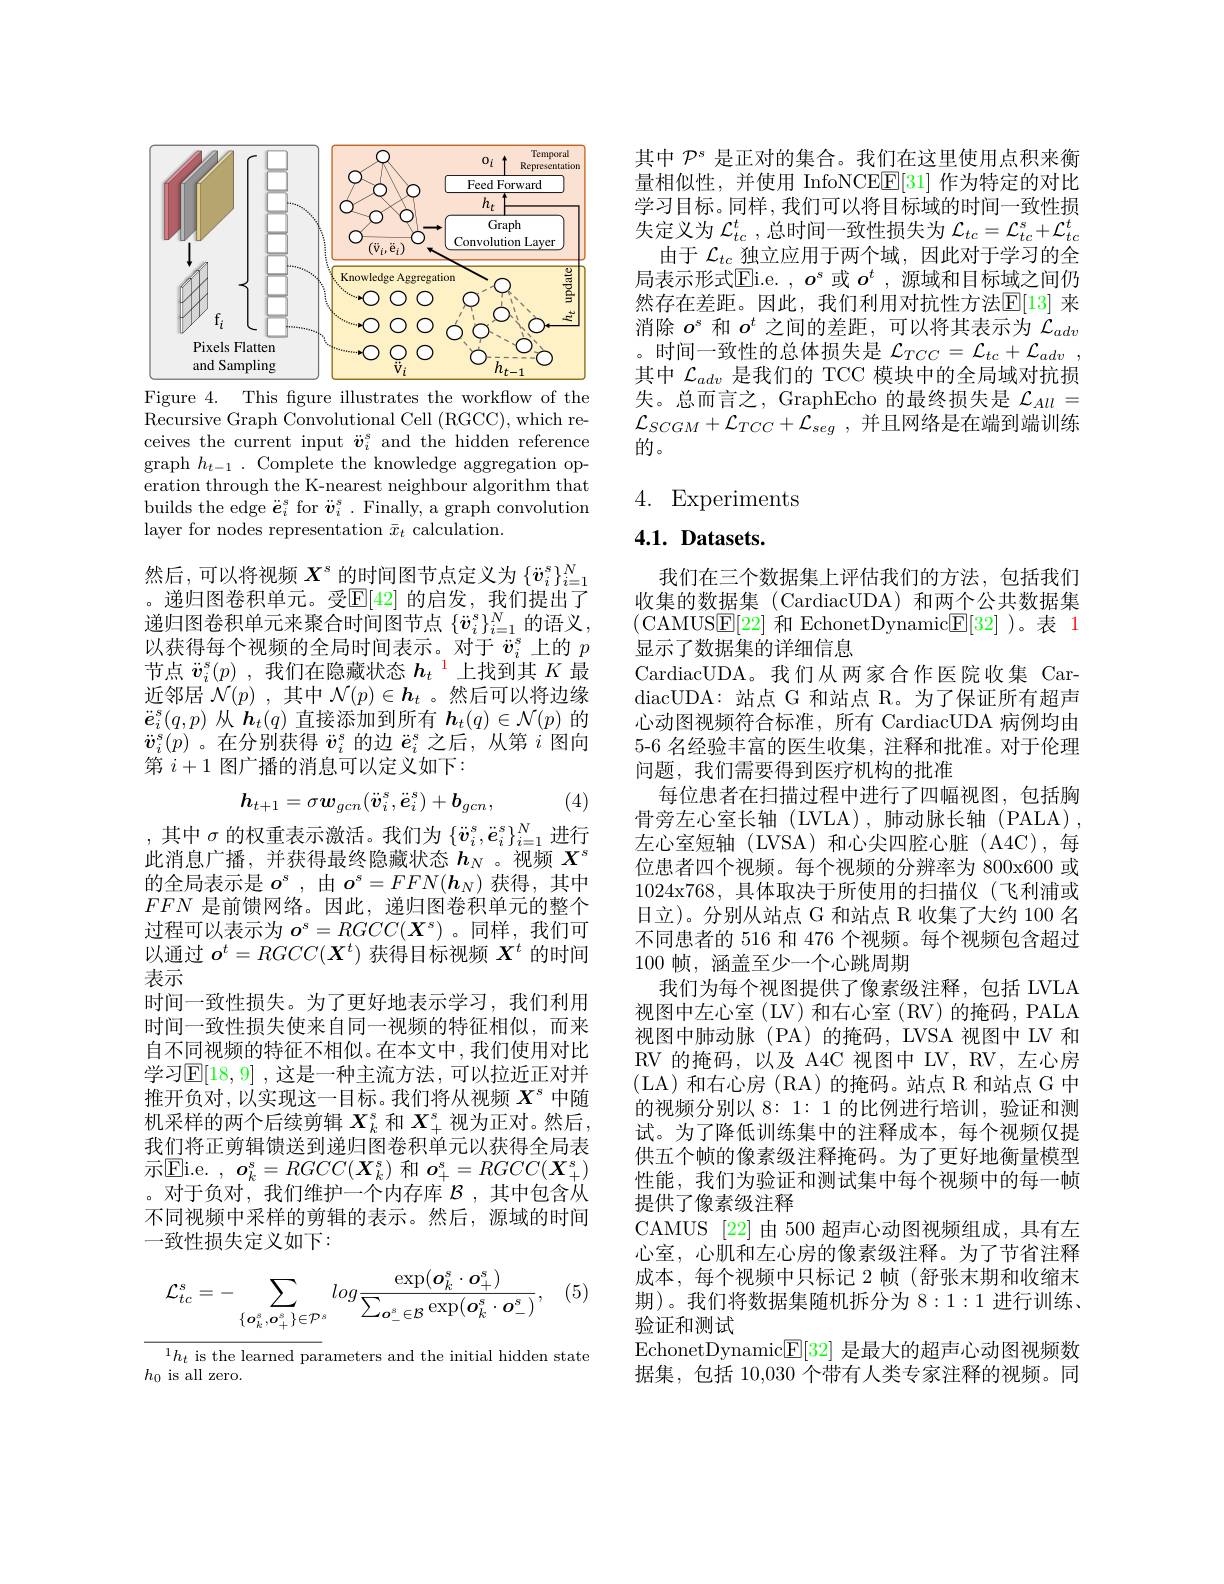
<FigureHere>
Figure 4. This figure illustrates the workflow of the

Recursive Graph Convolutional Cell (RGCC), which receives the current input $\ddot{\boldsymbol{v}}_i^s$ and the hidden reference graph $h_t-1.$ Complete the knowledge aggregation operation through the K-nearest neighbour algorithm that builds the edge $\ddot{\boldsymbol{e}}_i^s$ for $\ddot{\boldsymbol{v}}_i^s.$ Finally, a graph convolution layer for nodes representation $\bar{x}_t$ calculation.

然后，可以将视频$X^s$的时间图节点定义为$\{\ddot{v}_i^s\}_{i=1}^N$ 。递归图卷积单元。受$\mathbb{E}[42]$ 的启发，我们提出了递归图卷积单元来聚合时间图节点$\{\ddot{v}_i^s\}_{i=1}^N$的语义， 以获得每个视频的全局时间表示。对于$\ddot{v}_i^s$上的$p$ 节点$\ddot{\boldsymbol{v}}_i^s(p)$ ,我们在隐藏状态$h_t^{\color{red}{\color{red}1}}$上找到其$K$最近邻居$\mathcal{N}(p)$ ,其中$\mathcal{N}(p)\in\boldsymbol{h}_t$ 。然后可以将边缘$\ddot{\boldsymbol{e}}_i^s(q,p)$从$\boldsymbol{h}_t(q)$直接添加到所有$\boldsymbol{h}_t(q)\in\mathcal{N}(p)$的$\ddot{\boldsymbol{v}}_{i}^{s}(p)$ 。在分别获得$\ddot{v}_i^{s}$的边$\ddot{\boldsymbol{e}}_i^{s}$之后，从第$i$图向第 $i+1$ 图广播的消息可以定义如下：
$$h_{t+1}=\sigma\boldsymbol{w}_{gcn}(\ddot{\boldsymbol{v}}_i^s,\ddot{\boldsymbol{e}}_i^s)+\boldsymbol{b}_{gcn},$$
(4)

,其中$\sigma$的权重表示激活。我们为$\{\ddot{v}_i^s,\ddot{e}_i^s\}_{i=1}^N$进行此消息广播，并获得最终隐藏状态$h_N$ 。视频$X^\mathrm{s}$ 的全局表示是$o^s$,由$o^s=FFN(\boldsymbol{h}_N)$获得，其中$FFN$是前馈网络。因此，递归图卷积单元的整个过程可以表示为$o^s=RGCC(\boldsymbol{X}^s)$。同样，我们可以通过$o^t=RGCC(\boldsymbol{X}^t)$获得目标视频$\boldsymbol{X}^t$的时间表示
时间一致性损失。为了更好地表示学习，我们利用时间一致性损失使来自同一视频的特征相似，而来自不同视频的特征不相似。在本文中，我们使用对比学习$\mathbb{E}[18,9]$ ,这是一种主流方法，可以拉近正对并推开负对，以实现这一目标。我们将从视频$X^s$中随机采样的两个后续剪辑$X_k^s$和$X_+^s$视为正对。然后， 我们将正剪辑馈送到递归图卷积单元以获得全局表示$\boxed{\mathrm{Ei. e. ~}}$, $\boldsymbol{o}_{k}^{s}= RGCC( \boldsymbol{X}_{k}^{s})$ 和 $\boldsymbol{o}_+^{s}=RGCC(\boldsymbol{X}_{+}^{s})$ 。对于负对，我们维护一个内存库$\mathcal{B}$ ,其中包含从不同视频中采样的剪辑的表示。然后，源域的时间一致性损失定义如下：

(5)
$$\mathcal{L}_{tc}^{s}=-\sum_{\{\boldsymbol{o}_{k}^{s},\boldsymbol{o}_{+}^{s}\}\in\mathcal{P}^{s}}log\frac{\exp(\boldsymbol{o}_{k}^{s}\cdot\boldsymbol{o}_{+}^{s})}{\sum_{\boldsymbol{o}_{-}^{s}\in\mathcal{B}}\exp(\boldsymbol{o}_{k}^{s}\cdot\boldsymbol{o}_{-}^{s})},$$
$^{1}h_t$ is the learned parameters and the initial hidden state
$h_0$ is all zero.

其中$\mathcal{P}^s$是正对的集合。我们在这里使用点积来衡量相似性，并使用 InfoNCEE[ 31] 作为特定的对比学习目标。同样，我们可以将目标域的时间一致性损失定义为$\mathcal{L}_tc^t$ ,总时间一致性损失为$\mathcal{L}_tc=\mathcal{L}_tc^s+\mathcal{L}_{tc}^t$
由于$\mathcal{L}_{tc}$独立应用于两个域，因此对于学习的全局表示形式$\overline{\mathrm{Eli.e.~,~}o^s}$ 或 $o^t$ ,源域和目标域之间仍然存在差距。因此，我们利用对抗性方法$\mathbb{E}[13]$ 来消除$o^s$和$o^t$之间的差距，可以将其表示为$\mathcal{L}_{adv}$ 。时间一致性的总体损失是$\mathcal{L}_TCC=\mathcal{L}_{tc}+\mathcal{L}_{adv}$, 其中$\mathcal{L}_{adv}$是我们的 TCC 模块中的全局域对抗损失。总而言之，GraphEcho 的最终损失是$\mathcal{L}_{All}=$ $\mathcal{L} _{SCGM}+ \mathcal{L} _{TCC}+ \mathcal{L} _{seg}$ , 并且网络是在端到端训练的。

## 4. Experiments

## $4. 1. \textbf{ Datasets. }$

我们在三个数据集上评估我们的方法，包括我们收集的数据集 (CardiacUDA)和两个公共数据集(CAMUS$\underline{\mathrm{E}}[22]$和 EchonetDynamic$\underline{\mathrm{E}}[32]$ )。表 1显示了数据集的详细信息
CardiacUDA。我们从两家合作医院收集 CardiacUDA: 站点 G 和站点 R。为了保证所有超声心动图视频符合标准，所有 CardiacUDA 病例均由5-6 名经验丰富的医生收集，注释和批准。对于伦理问题，我们需要得到医疗机构的批准
每位患者在扫描过程中进行了四幅视图，包括胸骨旁左心室长轴(LVLA),肺动脉长轴(PALA), 左心室短轴(LVSA)和心尖四腔心脏(A4C),每位患者四个视频。每个视频的分辨率为 800x600 或1024x768, 具体取决于所使用的扫描仪(飞利浦或日立)。分别从站点 G 和站点 R 收集了大约 100 名不同患者的 516 和 476 个视频。每个视频包含超过100帧，涵盖至少一个心跳周期
我们为每个视图提供了像素级注释，包括 LVLA 视图中左心室(LV)和右心室(RV)的掩码，PALA 视图中肺动脉(PA)的掩码，LVSA视图中 LV 和RV 的掩码，以及 A4C 视图中 LV, RV, 左心房(LA)和右心房(RA)的掩码。站点 R 和站点 G 中的视频分别以8：1:1的比例进行培训，验证和测试。为了降低训练集中的注释成本，每个视频仅提供五个帧的像素级注释掩码。为了更好地衡量模型性能，我们为验证和测试集中每个视频中的每一帧提供了像素级注释
CAMUS [22]由 500 超声心动图视频组成，具有左心室，心肌和左心房的像素级注释。为了节省注释成本，每个视频中只标记 2 帧(舒张末期和收缩末期)。我们将数据集随机拆分为8：1:1进行训练、 验证和测试
EchonetDynamic$\underline{\mathrm{E}}[32]$是最大的超声心动图视频数据集，包括 10,030 个带有人类专家注释的视频。同